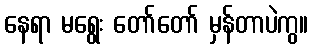
နေရာ မရွေး တော်တော် မှန်တာပဲကွ။